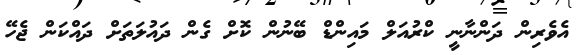
އެވެރިިން ދަންނާނީ ކްރުއަލް މައިންޑް ބޭނުން ކޮށް ގެން ދައުލަތަށް ދައްކަން ޖެހޭ